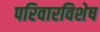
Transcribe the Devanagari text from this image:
परिवारविशेष